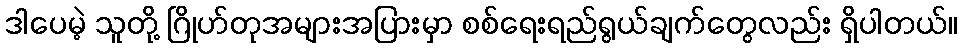
ဒါပေမဲ့ သူတို့ ဂြိုဟ်တုအများအပြားမှာ စစ်ရေးရည်ရွယ်ချက်တွေလည်း ရှိပါတယ်။